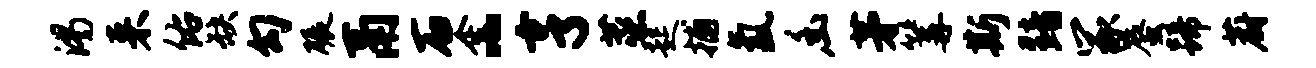
渴来佑缺勾碾鬲石金~亨蒸起捕氲幽茅篝斯黯冢蜃蹄蔚